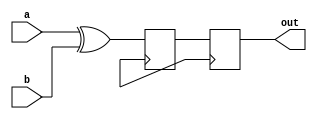
module xor_gate_delay (
    input wire a, b,
    output reg out
);

reg delay_element;

always @ (posedge clk) begin
    delay_element <= a ^ b; // XOR gate delay element
    out <= delay_element; // Output signal with delay
end

endmodule